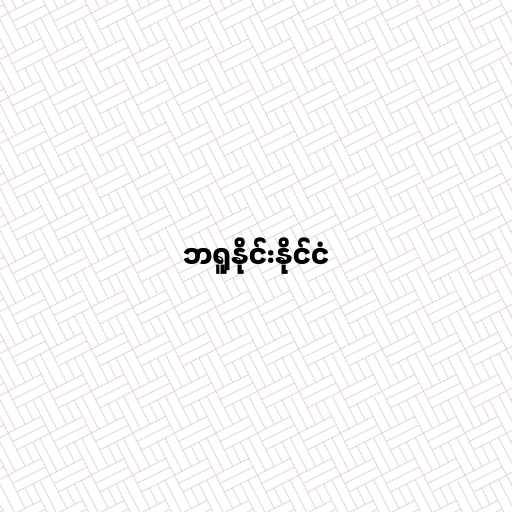
ဘရူနိုင်းနိုင်ငံ